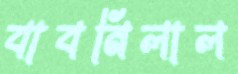
বাবনিলাল